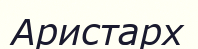
Аристарх